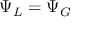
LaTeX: \Psi _ { L } = \Psi _ { G }